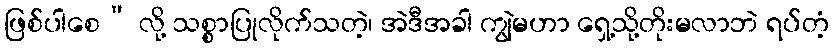
ဖြစ်ပါစေ” လို့ သစ္စာပြုလိုက်သတဲ့၊ အဲဒီအခါ ကျွဲမဟာ ရှေ့သို့တိုးမလာဘဲ ရပ်တံ့